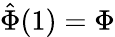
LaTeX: {\hat{\Phi}}(1)=\Phi